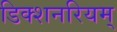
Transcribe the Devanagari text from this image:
डिक्शनरियम्